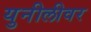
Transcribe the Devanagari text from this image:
युनीलीवर